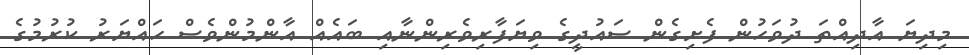
މިދިޔަ އާދިއްތަ ދުވަހުން ފެށިގެން ސައުދީގެ ވިޔަފާރިވެރިންނާއި ބައެއް އާންމުންވެސް ހައްޔަރު ކުރުމުގެ